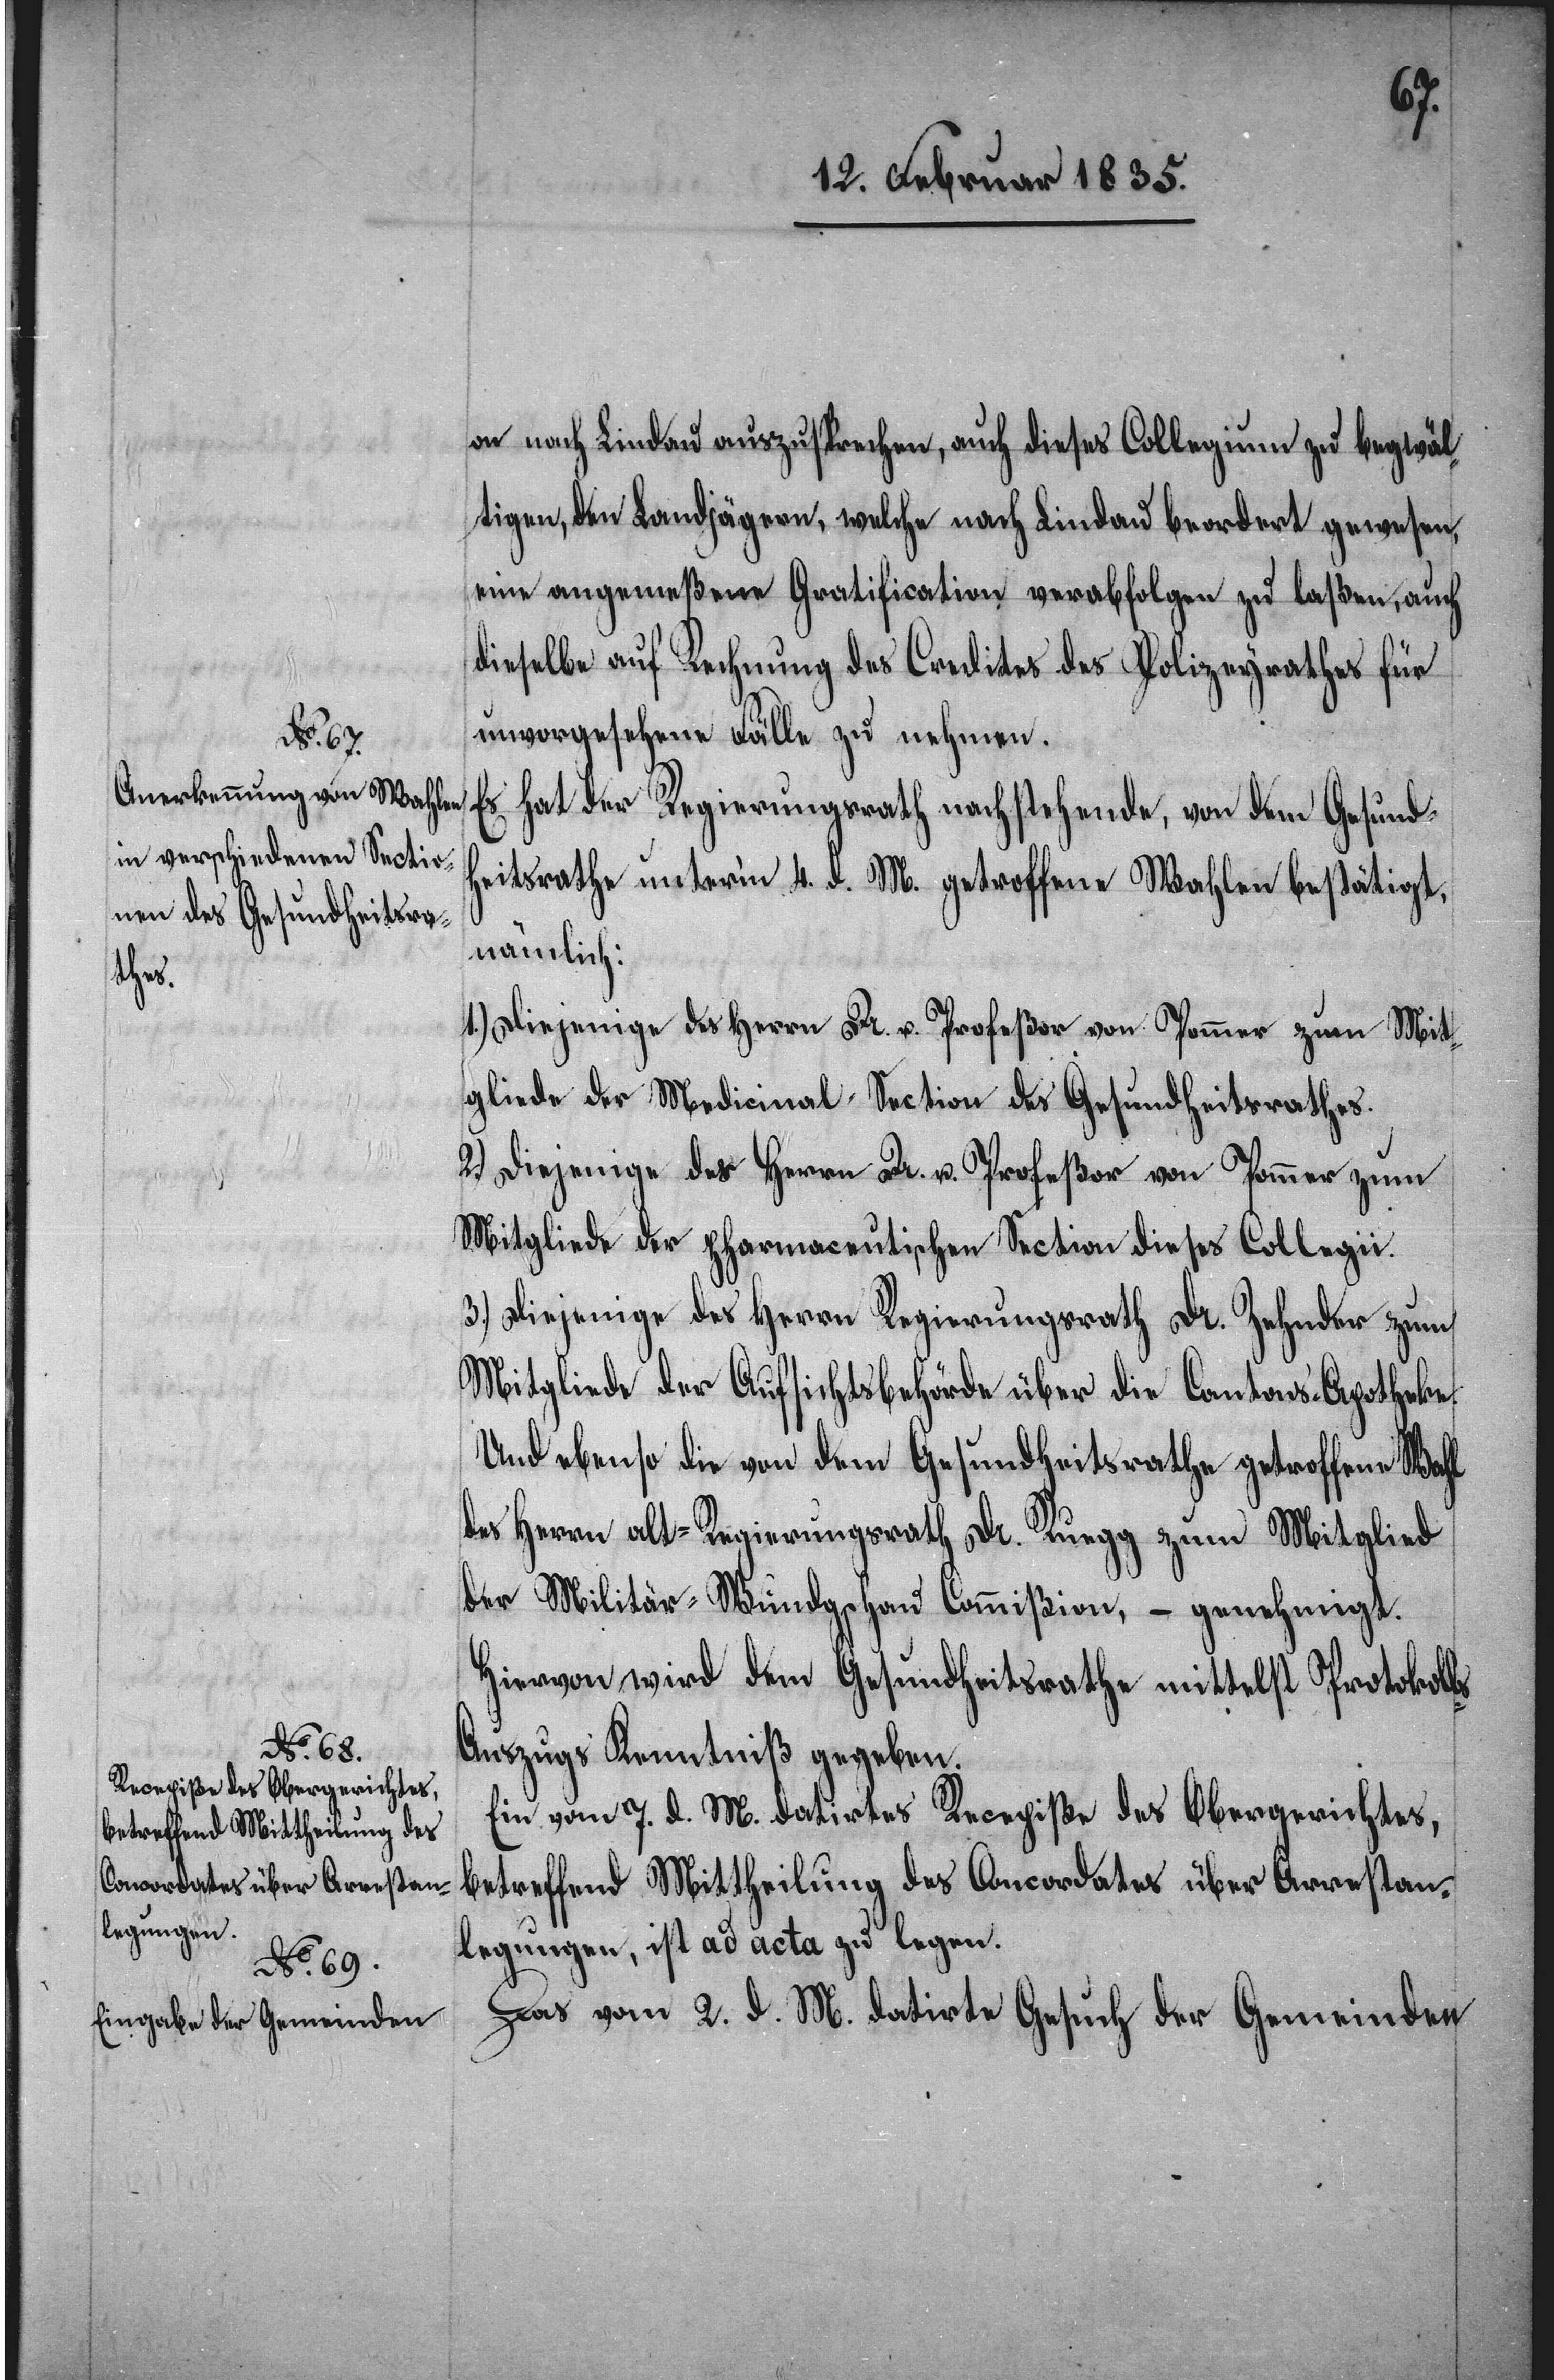
on nach Lindau auszusprechen, auch
dieses Collegium zu begwäl¬
tigen, den Landjägern, welche nach
Lindau beordert gewesen,
eine angemeßene Gratification
verabfolgen zu laßen, auch
dieselbe auf Rechnung des Credites des Polizeyrathes für
unvorgesehene Fälle zu nehmen.
Es hat der Regierungsrath nachstehende, von dem Gesundh¬
eitsrathe unterm 4. d. M. getroffene Wahlen bestätigt,
nämlich:
1.) Diejenige des Herrn Dr. u. Profeßor von Pommer zum Mit¬
gliede der Medicinal-Section des Gesundheitsrathes.
2.) Diejenige des Herrn Dr. u. Profeßor von Pommer zum
Mitgliede der pharmaceutischen Section dieses Collegii.
3.) Diejenige des Herrn Regierungsrath Dr. Zehnder zum
Mitgliede der Aufsichtsbehörde über die Cantons-Apotheke.
Und ebenso die von dem Gesundheitsrathe getroffene Wahl
des Herrn alt-Regierungsrath Dr. Ruegg zum Mitglied
der Militär-Wundgschau Commißion, – genehmigt.
Hiervon wird dem Gesundheitsrathe mittelst Protokoll¬
s-Auszugs Kenntniß gegeben.
Ein vom 7. d. M. datirtes Recepiße des Obergerichtes,
betreffend Mittheilung des Concordates über Arrestan¬
legungen, ist ad acta zu legen.
Das vom 2. d. M. datirte Gesuch der Gemeinden